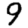
Digit: 9